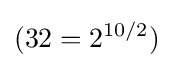
(32=2^{10/2})